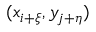
( x _ { i + \xi } , y _ { j + \eta } )